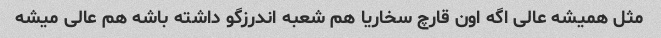
مثل همیشه عالى اگه اون قارچ سخاریا هم شعبه اندرزگو داشته باشه هم عالى میشه